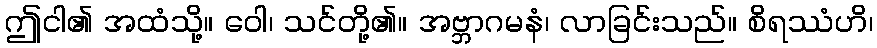
ဤငါ၏ အထံသို့။ ဝေါ၊ သင်တို့၏။ အဗ္ဘာဂမနံ၊ လာခြင်းသည်။ စိရဿံဟိ၊